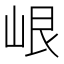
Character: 𡷐